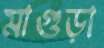
মাগুড়া